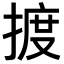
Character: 𢱋